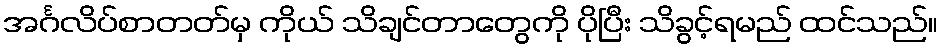
အင်္ဂလိပ်စာတတ်မှ ကိုယ် သိချင်တာတွေကို ပိုပြီး သိခွင့်ရမည် ထင်သည်။